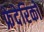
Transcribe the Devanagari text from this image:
फ्रेदेरिको